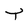
Character: t